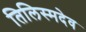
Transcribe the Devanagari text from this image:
तिलिस्मदेव